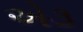
એ૩